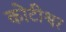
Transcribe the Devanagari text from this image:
कोटीश्वर